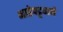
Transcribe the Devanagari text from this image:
भाडेपट्टयाने